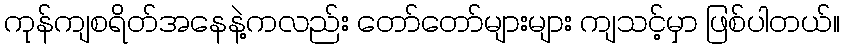
ကုန်ကျစရိတ်အနေနဲ့ကလည်း တော်တော်များများ ကျသင့်မှာ ဖြစ်ပါတယ်။